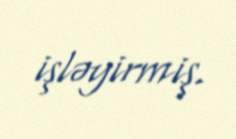
işləyirmiş.